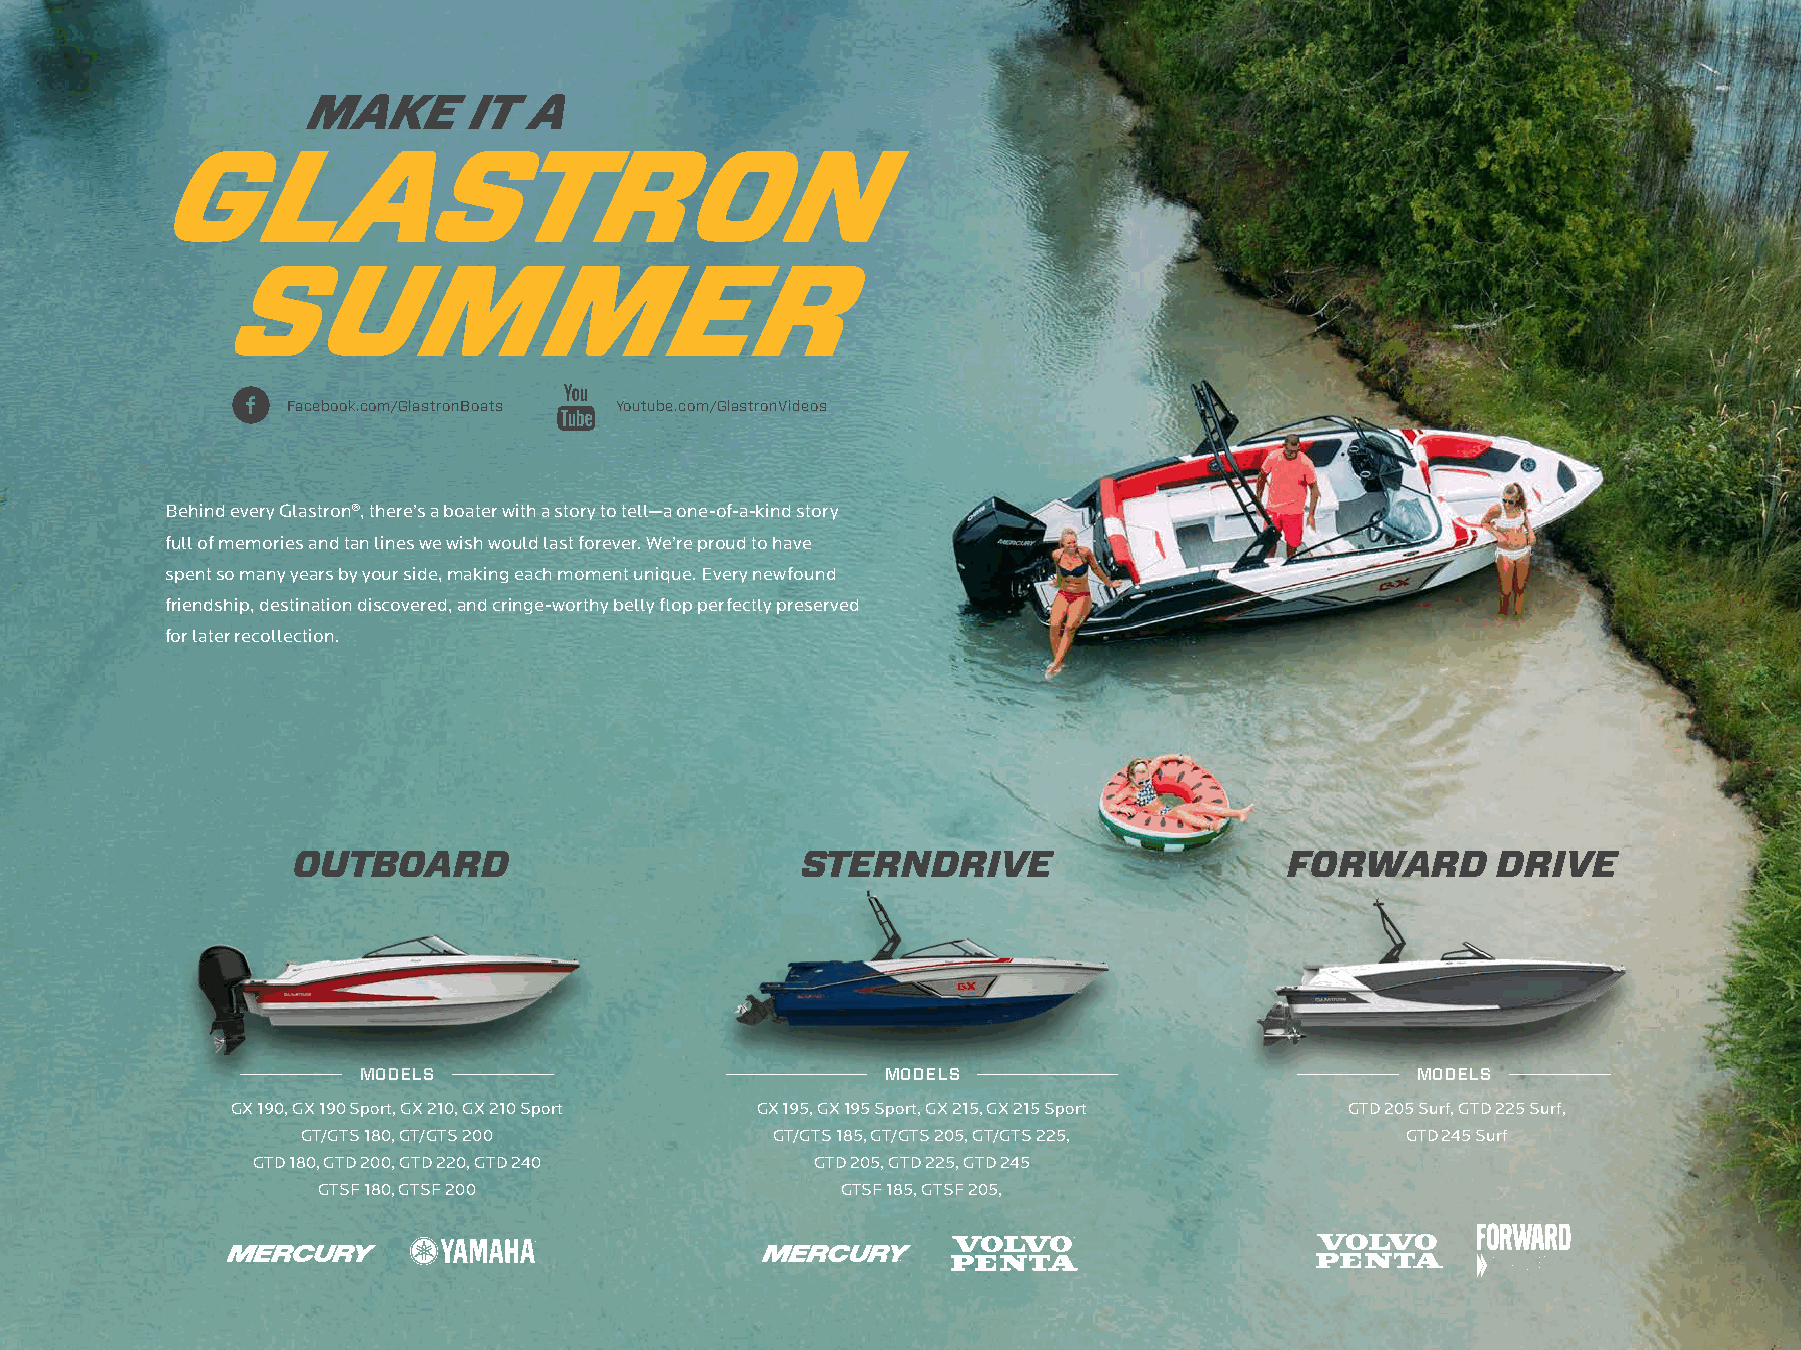
MAKE       IT  A
 GLASTRON
 SUMMER
 M A K E I T A G L A S T R O N S U M M E R
 Facebook.com/GlastronBoats Youtube.com/GlastronVideos
 Behind every Glastron®, there’s a boater with a story to tell—a one-of-a-kind story
 full of memories and tan lines we wish would last forever. We’re proud to have
 spent so many years by your side, making each moment unique. Every newfound
 friendship, destination discovered, and cringe-worthy belly flop perfectly preserved
 for later recollection.                                                                                                   COMPONENTS   WARRANTY            HULL STRUCTURE  WARRANTY            OSMOSIS  WARRANTY
 Our exclusive factory warranty covers material, labor, Lifetime structural hull or deck warranty applies A prorated warranty covers osmotic blistering
 and most boat components for three years; exceptions to the first retail owner. A testimony of hull for five years. Our engineered Vinyl Ester barrier
 apply. Our service experts use state-of-the-art design and structural engineering makes the coat has the best track record in the industry
 software technology for claim processing; a direct link warranty transferable to the second owner; for minimizing hull blistering—a process of
 to the craftsmen that manufacture your boat. limitations apply.     construction that gives you peace of mind.
 Trailer warranty limited to one year.
 OUTBOARD                          STERNDRIVE                      FORWARD       DRIVE
 GLASTRON.COM        Facebook.com/GlastronBoats  Youtube.com/GlastronVideos 925 Frisbie Street, Cadillac, Michigan
 MODELS                             MODELS                             MODELS                                © 2020, Rec Boat Holdings, LLC. ®/TM signifies trademarks of Glastron, LLC, its affiliates or suppliers. Glastron specifications, photography, video, features, and options are for reference purposes only. Models
 are shown with non-Glastron options and accessories. Options vary by model while some are shown with optional equipment. While Glastron makes every effort to ensure information contained herein is
 GX 190, GX 190 Sport, GX 210, GX 210 Sport GX 195, GX 195 Sport, GX 215, GX 215 Sport GTD 205 Surf, GTD 225 Surf,
 correct, content should not be regarded as infallible as unending product refinement and design changes may result in revisions to current models. Glastron reserves the right to change product specifications,
 GT/GTS 180, GT/GTS 200         GT/GTS 185, GT/GTS 205, GT/GTS 225,       GTD 245 Surf                           models, features, imagery, video, and colors at any time without notification or incurring obligations. Representations herein do not constitute a warranty of any of the products shown. All limited warranties are
 outlined in the Glastron limited warranty that accompanies each boat. Please see your authorized Glastron dealer for additional information, option availability, and specific warranty details prior to purchase.
 GTD 180, GTD 200, GTD 220, GTD 240   GTD 205, GTD 225, GTD 245
 GTSF 180, GTSF 200                 GTSF 185, GTSF 205,
 12-5503-090
 :N/P